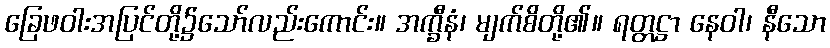
ခြေဖဝါးအပြင်တို့၌သော်လည်းကောင်း။ အက္ခီနံ၊ မျက်စိတို့၏။ ရတ္တဋ္ဌာ နေဝါ၊ နီသော